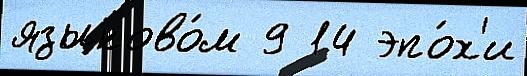
языково́м 9 14 эпо́х'и